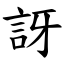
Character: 訝